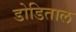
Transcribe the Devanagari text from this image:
डोडिताल